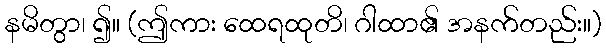
နမိတွာ၊ ၍။ (ဤကား ထေရထုတိ၊ ဂါထာ၏ အနက်တည်း။)